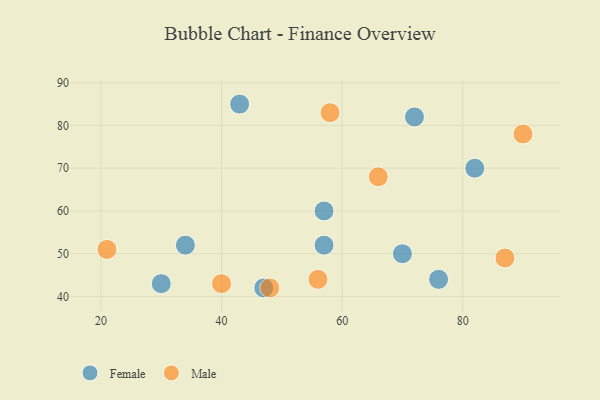
{"axis": {"x": "GDP", "y": "Life Expectancy"}, "legend": ["Female", "Male"], "data": [{"x": "43", "y": 85, "type": "Female"}, {"x": "30", "y": 43, "type": "Female"}, {"x": "57", "y": 60, "type": "Female"}, {"x": "76", "y": 44, "type": "Female"}, {"x": "47", "y": 42, "type": "Female"}, {"x": "72", "y": 82, "type": "Female"}, {"x": "82", "y": 70, "type": "Female"}, {"x": "70", "y": 50, "type": "Female"}, {"x": "57", "y": 52, "type": "Female"}, {"x": "34", "y": 52, "type": "Female"}, {"x": "66", "y": 68, "type": "Male"}, {"x": "40", "y": 43, "type": "Male"}, {"x": "58", "y": 83, "type": "Male"}, {"x": "90", "y": 78, "type": "Male"}, {"x": "87", "y": 49, "type": "Male"}, {"x": "56", "y": 44, "type": "Male"}, {"x": "21", "y": 51, "type": "Male"}, {"x": "48", "y": 42, "type": "Male"}]}